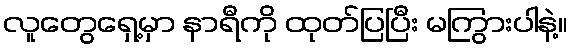
လူတွေရှေ့မှာ နာရီကို ထုတ်ပြပြီး မကြွားပါနဲ့။